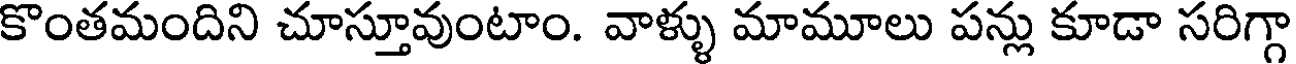
కొంతమందిని చూస్తూవుంటాం. వాళ్ళు మామూలు పన్లు కూడా సరిగ్గా